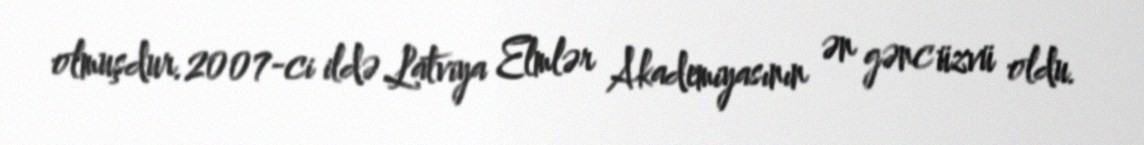
olmuşdur.2007-ci ildə Latviya Elmlər Akademiyasının ən gənc üzvü oldu.